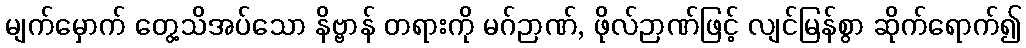
မျက်မှောက် တွေ့သိအပ်သော နိဗ္ဗာန် တရားကို မဂ်ဉာဏ်, ဖိုလ်ဉာဏ်ဖြင့် လျင်မြန်စွာ ဆိုက်ရောက်၍